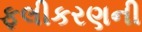
ફલીકરણની